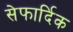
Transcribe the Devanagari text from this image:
सेफार्दिक